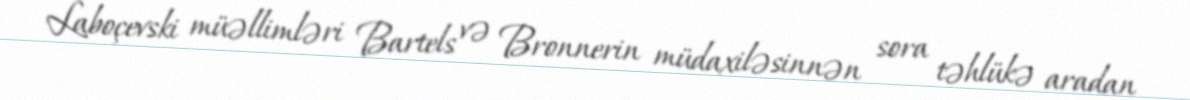
Laboçevski müəllimləri Bartels və Bronnerin müdaxiləsinnən sora təhlükə aradan